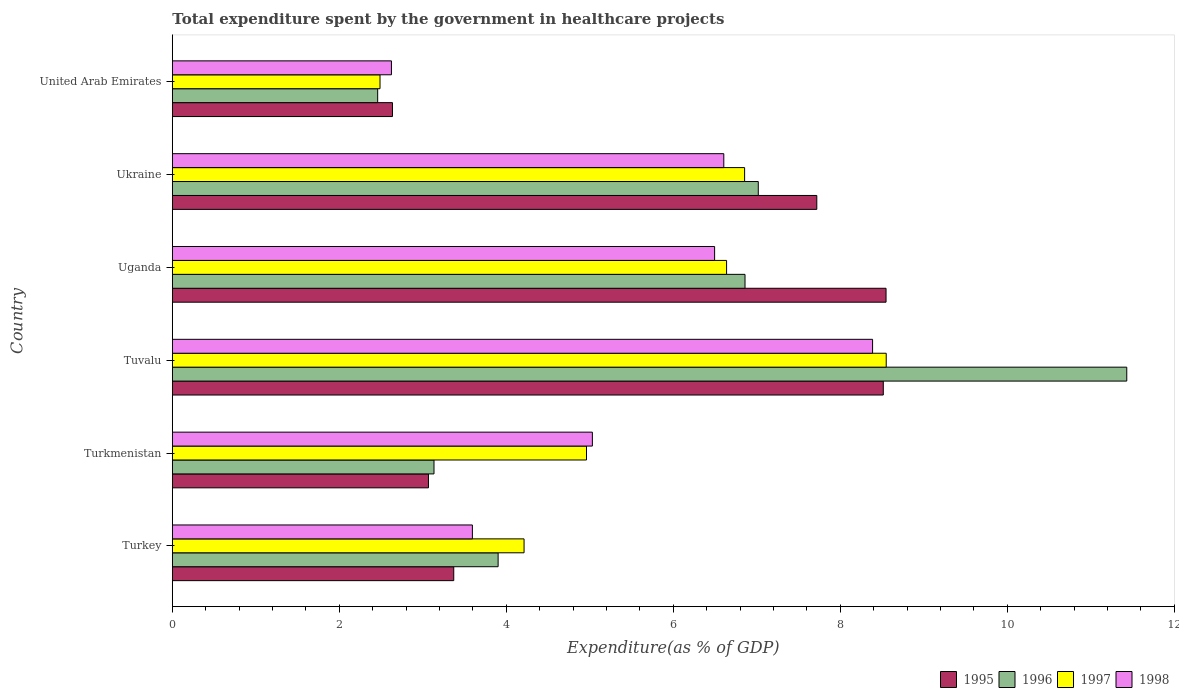
| Country | 1995 | 1996 | 1997 | 1998 |
 | --- | --- | --- | --- | --- |
 | Turkey | 3.37 | 3.9 | 4.21 | 3.59 |
 | Turkmenistan | 3.07 | 3.13 | 4.96 | 5.03 |
 | Tuvalu | 8.51 | 11.4 | 8.55 | 8.39 |
 | Uganda | 8.55 | 6.86 | 6.64 | 6.49 |
 | Ukraine | 7.72 | 7.02 | 6.85 | 6.6 |
 | United Arab Emirates | 2.64 | 2.46 | 2.49 | 2.62 |